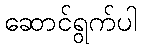
ဆောင်ရွက်ပါ